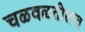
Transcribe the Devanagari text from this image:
चळवळतीलच